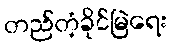
တည်တံ့ခိုင်မြဲရေး